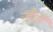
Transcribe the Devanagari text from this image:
ऱ्हीने